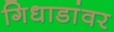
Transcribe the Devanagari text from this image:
गिधाडांवर